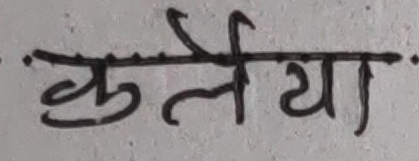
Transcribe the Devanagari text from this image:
कुलैया